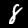
Digit: 8